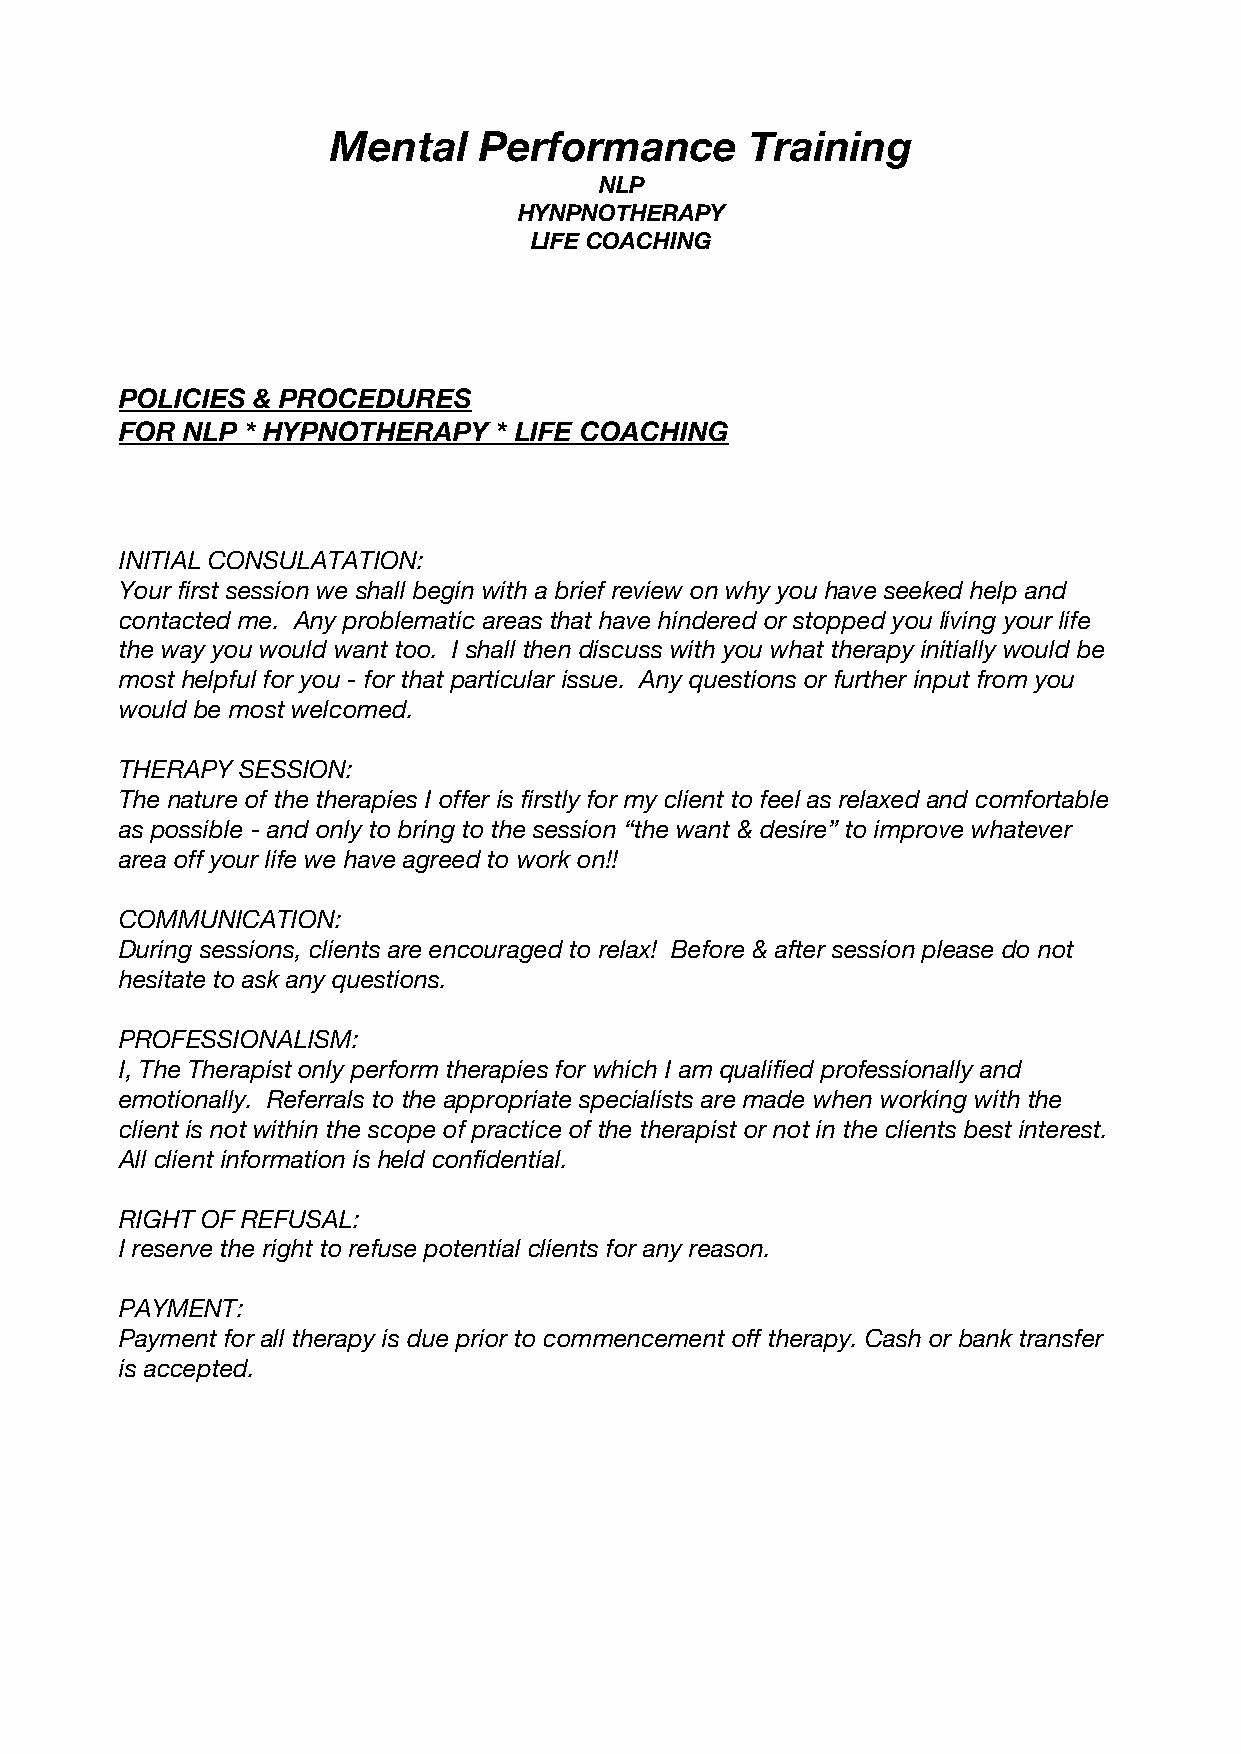
Mental    Performance       Training
 NLP
 HYNPNOTHERAPY
 LIFE COACHING
 POLICIES & PROCEDURES
 FOR NLP * HYPNOTHERAPY   * LIFE COACHING
 INITIAL CONSULATATION:
 Your first session we shall begin with a brief review on why you have seeked help and
 contacted me. Any problematic areas that have hindered or stopped you living your life
 the way you would want too. I shall then discuss with you what therapy initially would be
 most helpful for you - for that particular issue. Any questions or further input from you
 would be most welcomed.
 THERAPY SESSION:
 The nature of the therapies I offer is firstly for my client to feel as relaxed and comfortable
 as possible - and only to bring to the session “the want & desire” to improve whatever
 area off your life we have agreed to work on!!
 COMMUNICATION:
 During sessions, clients are encouraged to relax! Before & after session please do not
 hesitate to ask any questions.
 PROFESSIONALISM:
 I, The Therapist only perform therapies for which I am qualified professionally and
 emotionally. Referrals to the appropriate specialists are made when working with the
 client is not within the scope of practice of the therapist or not in the clients best interest.
 All client information is held confidential.
 RIGHT OF REFUSAL:
 I reserve the right to refuse potential clients for any reason.
 PAYMENT:
 Payment for all therapy is due prior to commencement off therapy. Cash or bank transfer
 is accepted.